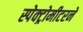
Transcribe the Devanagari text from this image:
स्पेक्ट्रोमीटरने